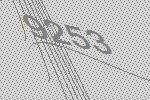
9253